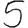
Digit: 5